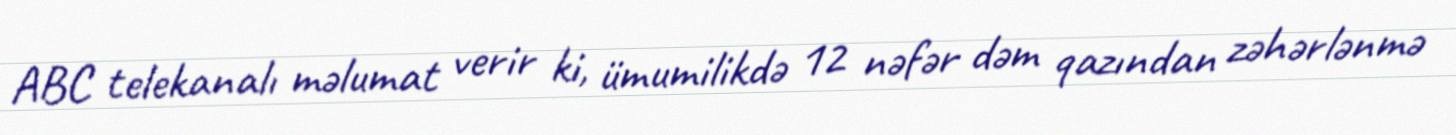
ABC telekanalı məlumat verir ki, ümumilikdə 12 nəfər dəm qazından zəhərlənmə